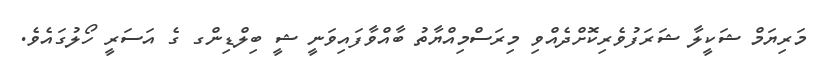
މަރިޔަމް ޝަކީލާ ޝަރަފުވެރިކޮށްދެއްވި މިރަސްމިއްޔާތު ބާއްވާފައިވަނީ ޝީ ބިލްޑިންގ ގެ އަސަރީ ހޯލުގައެވެ.